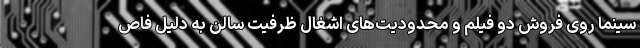
سینما روی فروش دو فیلم و محدودیت‌های اشغال ظرفیت سالن به دلیل فاص